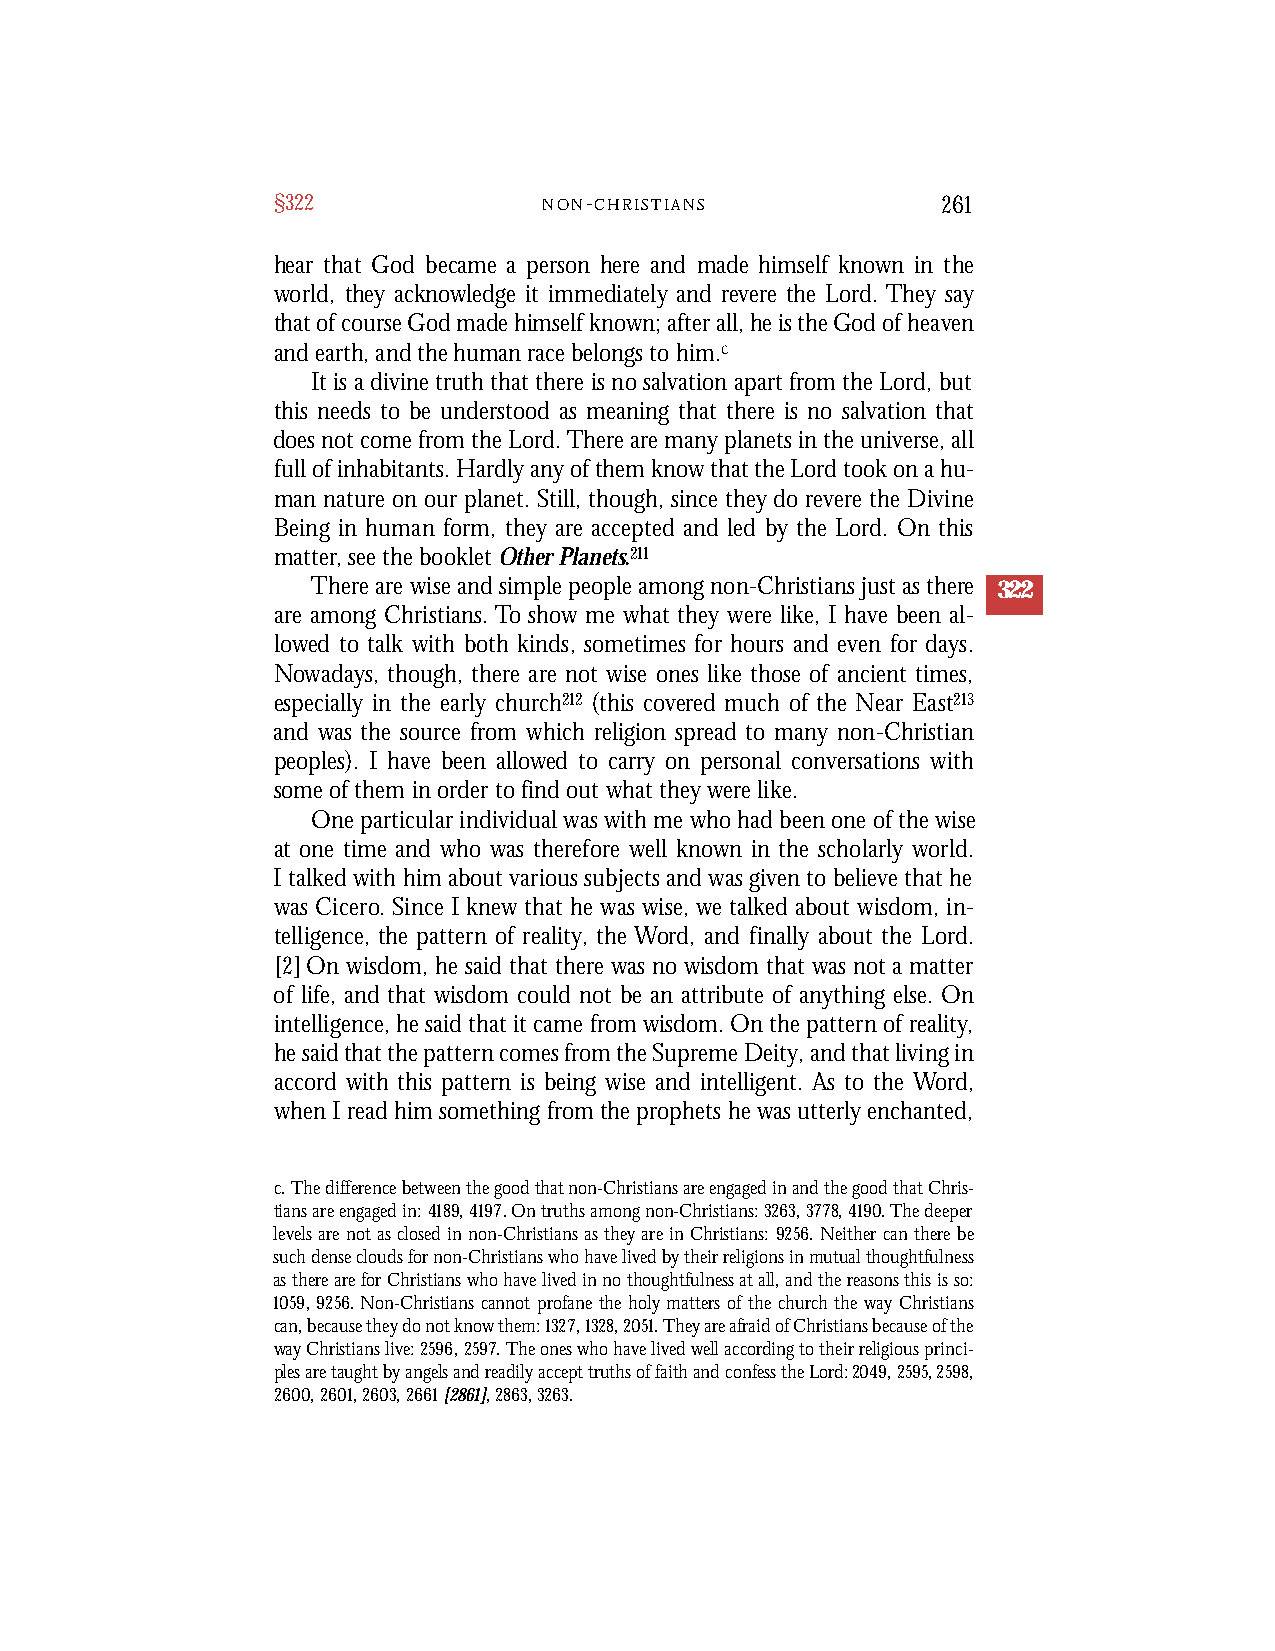
§322              N O N-C H R I S T I A N S 261
 hear that God became a person here and made himself known in the
 world, they acknowledge it immediately and rev er e the Lord. They say
 that of course God made himself known; after all, he is the God of heaven
 and earth, and the human race belongs to him.c
 It is a divine truth that there is no salvation apart from the Lord, but
 this needs to be understood as meaning that there is no salvation that
 does not come from the Lord. There are many planets in the universe, all
 full of inhabitants. Hardly any of them know that the Lord took on a hu-
 man nature on our planet. Still, though, since they do revere the Divine
 Being in human form, they are accepted and led by the Lord. On this
 matter, see the booklet Other Planets.211
 There are wise and simple people among non-Christians just as there 322
 are among Christians. To show me what they were like, I have been al-
 lowed to talk with both kinds, sometimes for hours and even for days.
 Nowadays, though, there are not wise ones like those of ancient times,
 especially in the early church212 (this covered much of the Near East213
 and was the source from which religion spread to many non-Christian
 peoples). I have been allowed to carry on personal conversations with
 some of them in order to find out what they were like.
 One particular individual was with me who had been one of the wise
 at one time and who was therefore well known in the scholarly world.
 I talked with him about various subjects and was given to believe that he
 was Cicero. Since I knew that he was wise, we talked about wisdom, in-
 telligence, the pattern of reality, the Word, and finally about the Lord.
 [2] On wisdom, he said that there was no wisdom that was not a matter
 of life, and that wisdom could not be an attribute of anything else. On
 intelligence, he said that it came from wisdom. On the pattern of reality,
 he said that the pattern comes from the Supreme Deity, and that living in
 accord with this pattern is being wise and intelligent. As to the Word,
 when I read him something from the prophets he was utterly enchanted,
 c. The difference between the good that non-Christians are engaged in and the good that Chris-
 tians are engaged in: 4189,4197. On truths among non-Christians: 3263,3778,4190. The deeper
 levels are not as closed in non-Christians as they are in Christians: 9256. Neither can there be
 such dense clouds for non-Christians who have lived by their religions in mutual thoughtfulness
 as there are for Christians who have lived in no thoughtfulness at all, and the reasons this is so:
 1059,9256. Non-Christians cannot profane the holy matters of the church the way Christians
 can, because they do not know them: 1327,1328,2051. They are afraid of Christians because of the
 way Christians live: 2596,2597. The ones who have lived well according to their religious princi-
 ples are taught by angels and readily accept truths of faith and confess the Lord: 2049,2595,2598,
 2600, 2601, 2603, 2661[2861],2863, 3263.